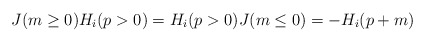
\begin{align*}J(m \ge 0)H_i(p>0) = H_i(p>0)J(m\le 0) = -H_i(p+m)\end{align*}